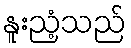
နူးညံ့သည်